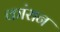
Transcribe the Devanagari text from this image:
कांरान